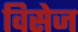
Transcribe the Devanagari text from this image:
विसेज